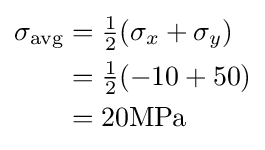
{\begin{aligned}\sigma _{\mathrm {avg} }&={\tfrac {1}{2}}(\sigma _{x}+\sigma _{y})\\&={\tfrac {1}{2}}(-10+50)\\&=20{\textrm {MPa}}\\\end{aligned}}